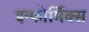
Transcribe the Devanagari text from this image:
इन्फोर्मिक्स